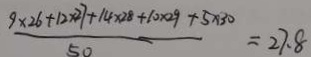
\frac { 9 \times 2 6 + 1 2 \times 2 7 + 1 4 \times 2 8 + 1 0 \times 2 9 + 5 \times 3 0 } { 5 0 } = 2 7 . 8